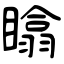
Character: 䁯